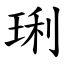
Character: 琍